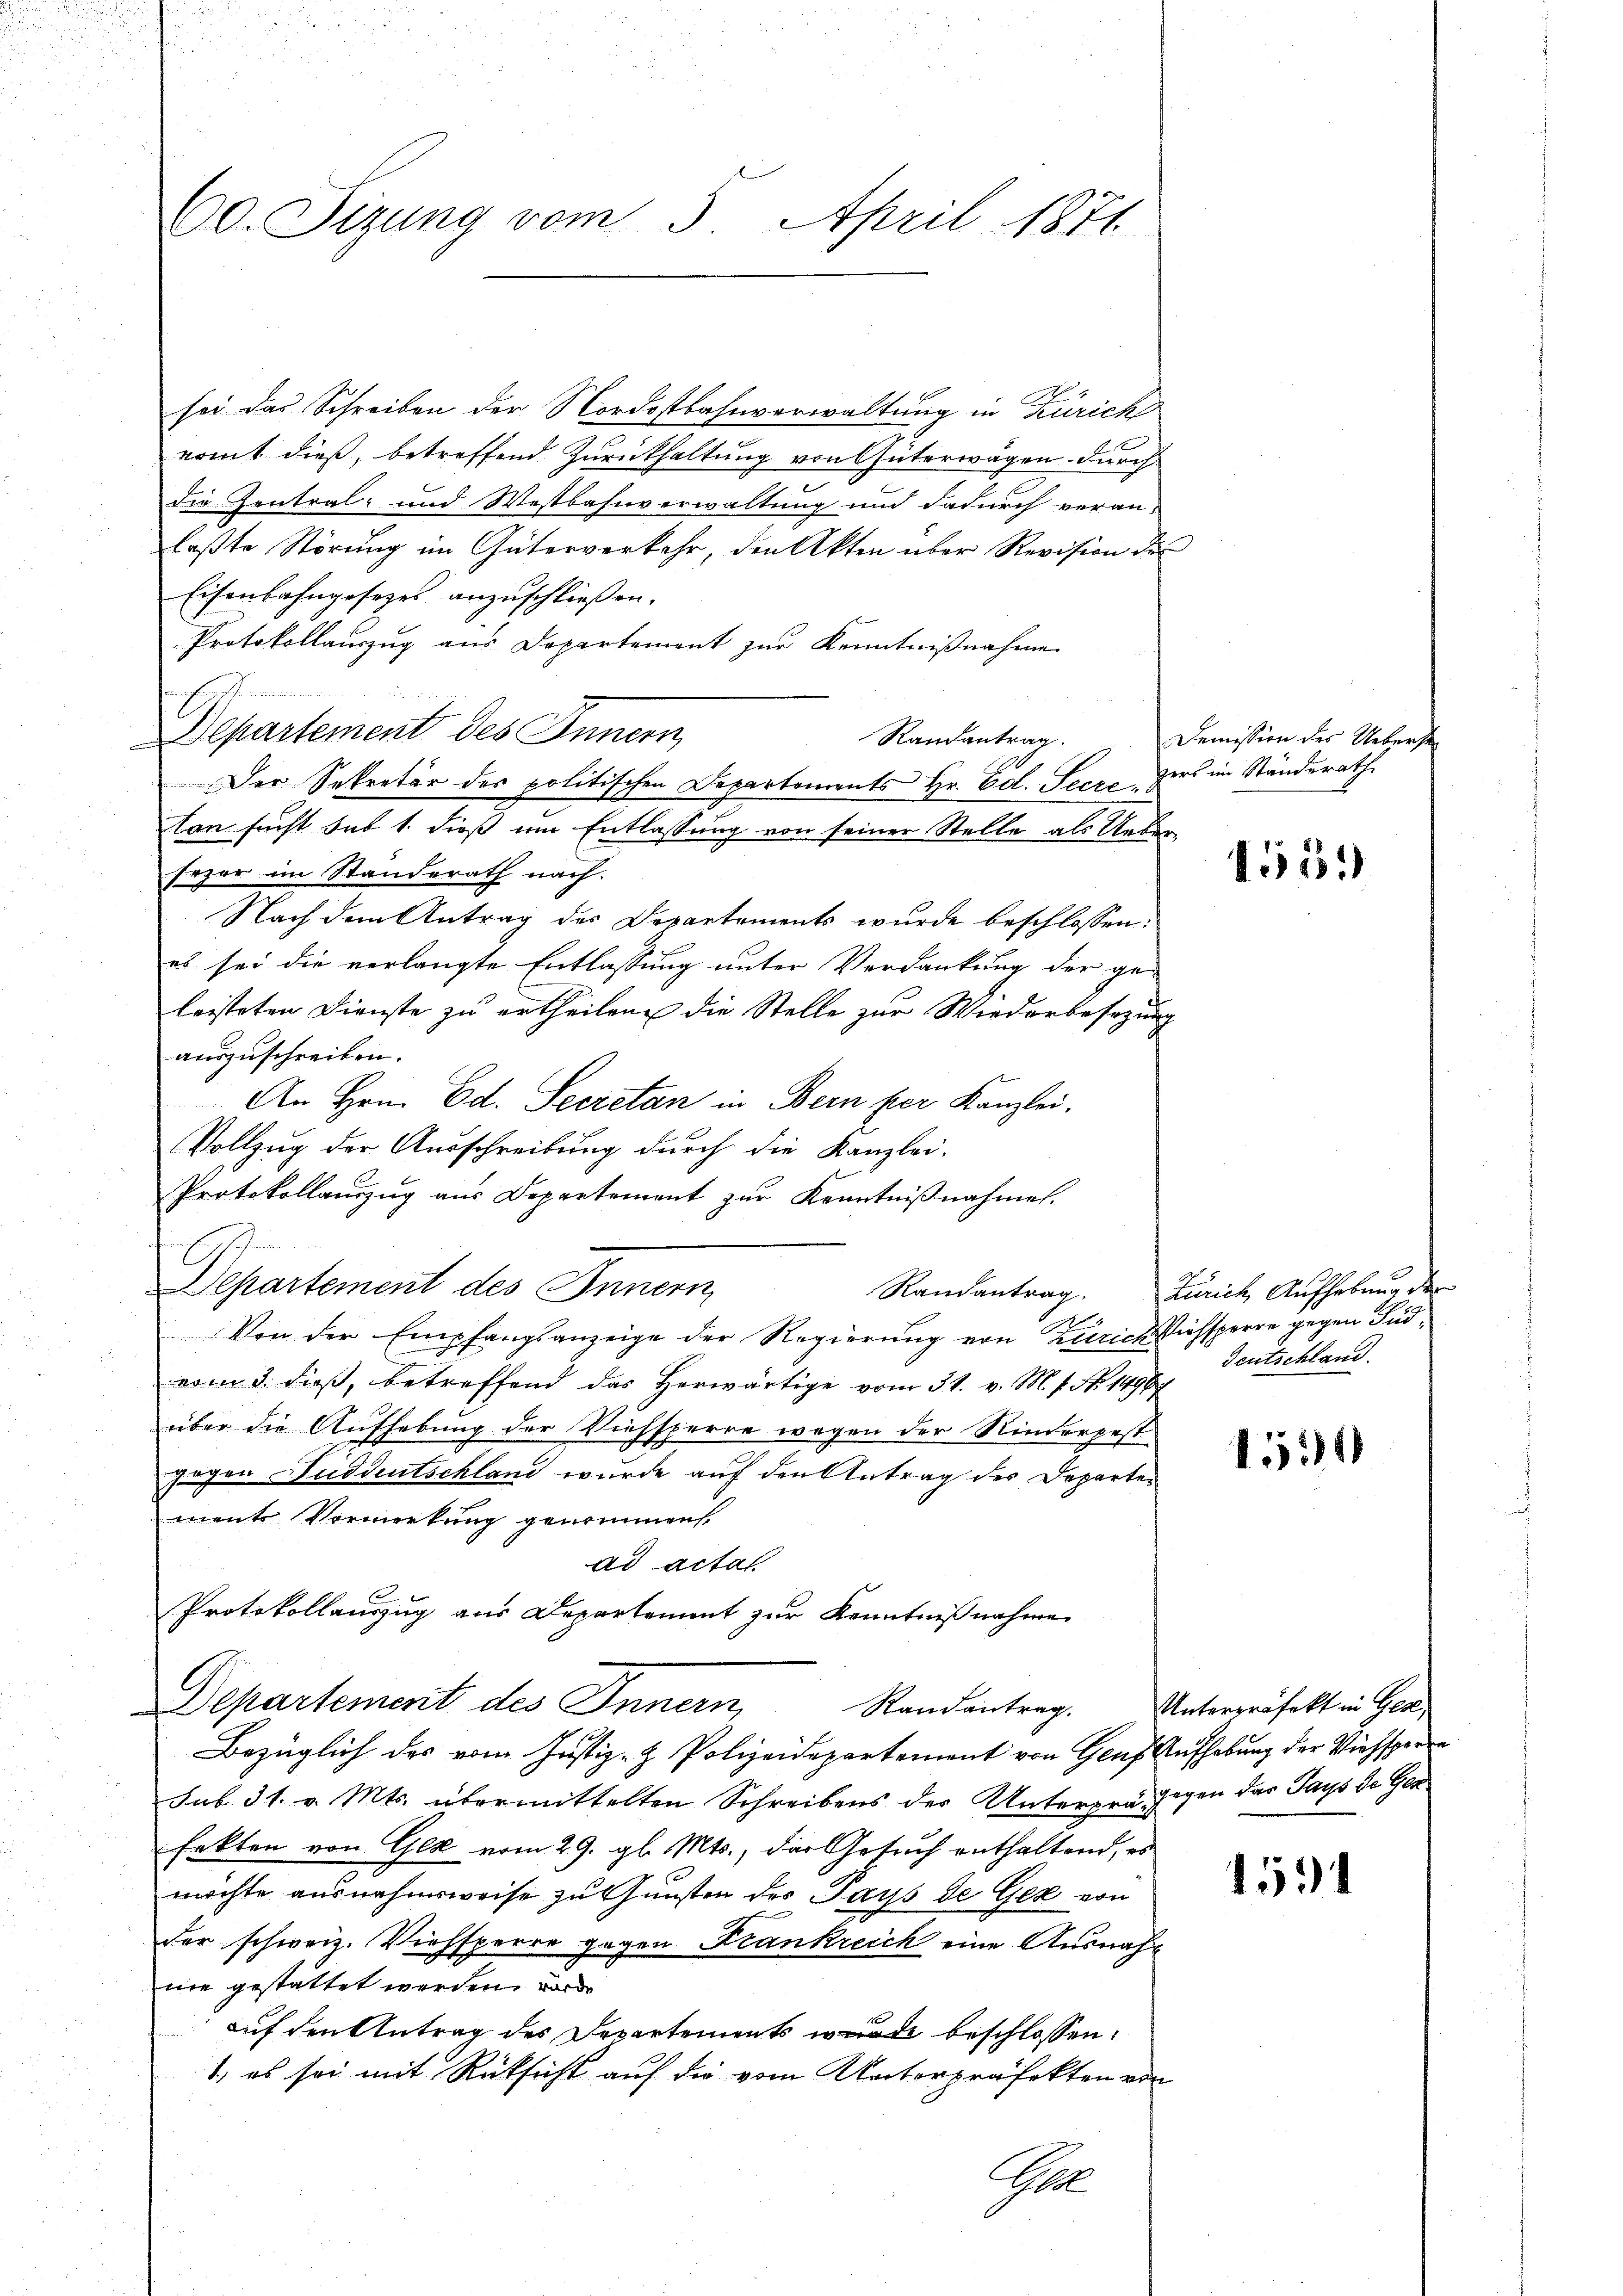
60. Sizung vom 5. April 1871

sei das Schreiben der Nordostbahnverwaltung in Zürich
ermit dieß, betreffend Zurückhaltung von Güterwägen durch
die Zentral- und Westbahnverwaltung und dadurch veran-
laßte Störung im Güterverkehr, den Akten über Revision des
Eisenbahngesezes anzuschließen.
Protokollauszug aus Departement zur Kenntnißnahme
Apartement des Innern,
Randantrag.
Der Sekretär des politischen Departements Hr. Ed. Secre zers im Ständerath
tan sucht sub 1. dieß um Entlassung von seiner Stelle als Ueber
fezer im Standerath nach.
Nach dem Antrag des Departements wurde beschlossen:
es sei die verlangte Entlassung unter Verdankung der ge-
leisteten Dienste zu ertheilen die Stelle zur Wiederbesetzung
auszuschreiben.
An Hrn. Ed. Secretan in Bern per Kanzlei.
Vollzug der Ausschreibung durch die Kanzlei-
Protokollauszug aus Departement zur Kenntniβnahme.
Departement des Innern
Randantrag.
.
Von der Empfangsanzeige der Regierung von Zürich siehsperre gegen Südvom 3. dieß, betreffend das herwärtige vom 31. v. M. f. No. 1496 f
über die Aufhebung der Viehsperre wegen der Rinderpest
gegen Suddentschland wurde auf den Antrag der Departen
ments Vormerkung genommen.
ad actat
s
Protokollauszug aus Departement zur Kenntnißnahme
Departement des Innern,
Randantrag.
Bezüglich des vom Justiz- & Polizeidepartement von Graf Aufhebung der Viehsperre
sub 31. v. Mts. übermittelten Schreibens der Unterpra gegen der Pays de Gra
fekten von Gez vom 29. gl. Mts., das Gesuch enthaltend, es
möchte ausnahmsweise zu Gunsten des Pays de Gex von
der schweiz. Viehsperre gegen Frankreich eine Ausnahnie gestattet werden, worde
auf den Antrag des Departements wurde beschlossen:
1, es sei mit Rücksicht auf die vom Unterpräfekten von

E

Gh

Demission des Ueberz

455.

Zürich, Aufhebung der
Deutschland.

1514

Unterpräfekt in Gese

1531